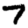
Digit: 7